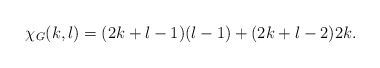
\begin{align*} \chi_G(k,l)=(2k+l-1)(l-1)+(2k+l-2)2k.\end{align*}